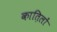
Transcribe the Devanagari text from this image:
कात़िलों